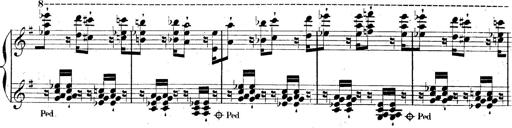
Title: AnnÃ©es de pÃ¨lerinage II, SupplÃ©ment
Composer: Franz Liszt